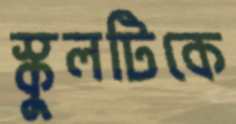
স্কুলটিকে